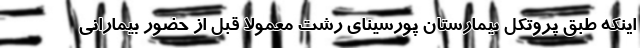
اینکه طبق پروتکل بیمارستان پورسینای رشت معمولاً قبل از حضور بیمارانی